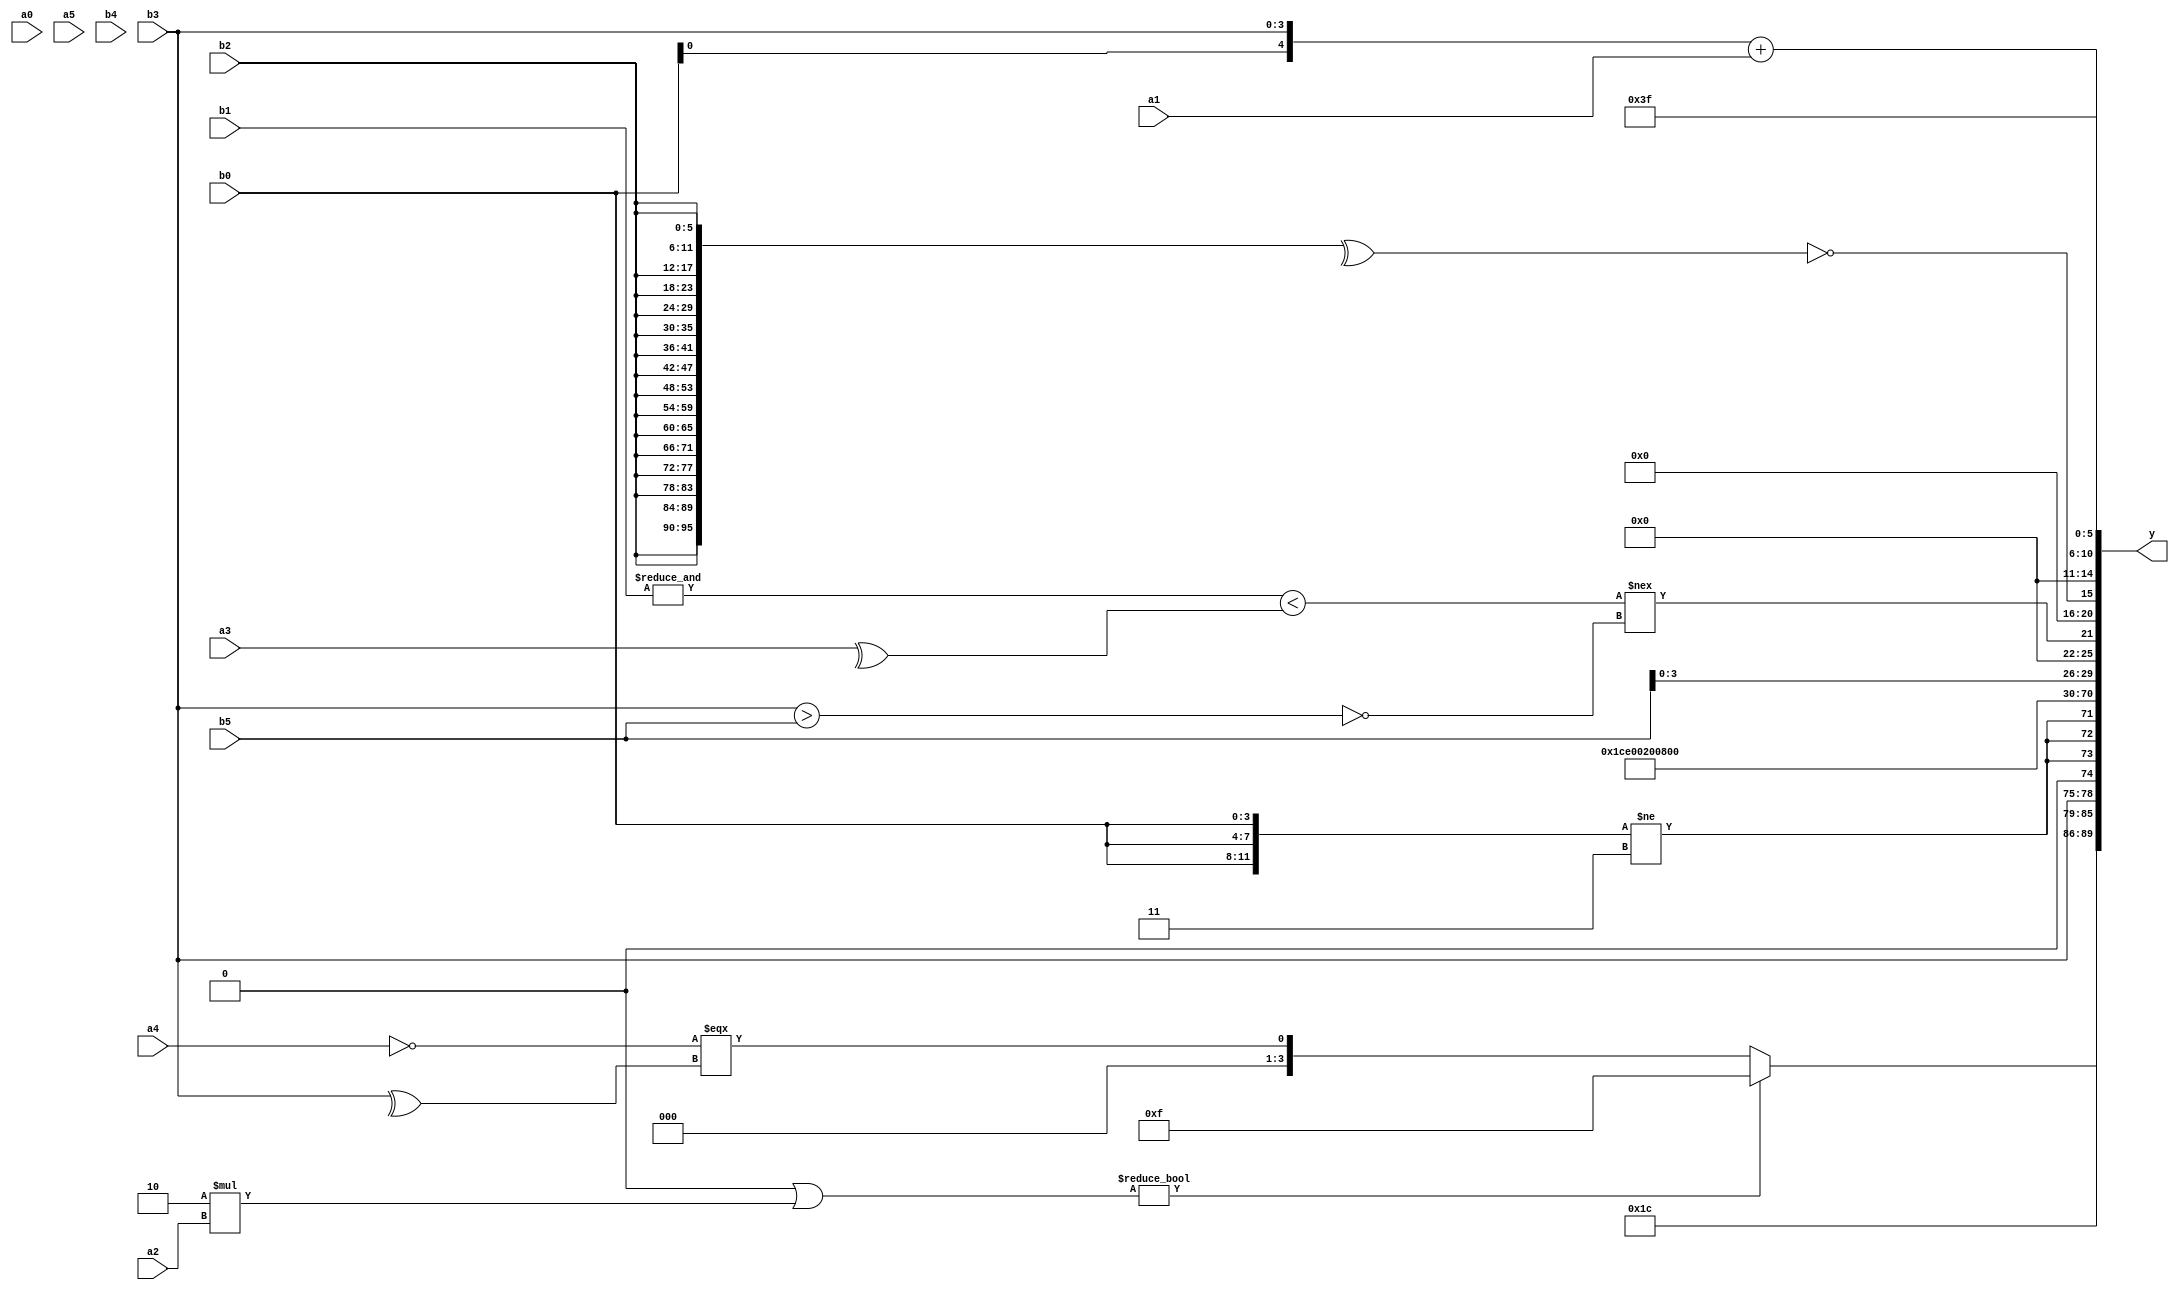
module expression_00286(a0, a1, a2, a3, a4, a5, b0, b1, b2, b3, b4, b5, y);
  input [3:0] a0;
  input [4:0] a1;
  input [5:0] a2;
  input signed [3:0] a3;
  input signed [4:0] a4;
  input signed [5:0] a5;

  input [3:0] b0;
  input [4:0] b1;
  input [5:0] b2;
  input signed [3:0] b3;
  input signed [4:0] b4;
  input signed [5:0] b5;

  wire [3:0] y0;
  wire [4:0] y1;
  wire [5:0] y2;
  wire signed [3:0] y3;
  wire signed [4:0] y4;
  wire signed [5:0] y5;
  wire [3:0] y6;
  wire [4:0] y7;
  wire [5:0] y8;
  wire signed [3:0] y9;
  wire signed [4:0] y10;
  wire signed [5:0] y11;
  wire [3:0] y12;
  wire [4:0] y13;
  wire [5:0] y14;
  wire signed [3:0] y15;
  wire signed [4:0] y16;
  wire signed [5:0] y17;

  output [89:0] y;
  assign y = {y0,y1,y2,y3,y4,y5,y6,y7,y8,y9,y10,y11,y12,y13,y14,y15,y16,y17};

  localparam [3:0] p0 = (~^((5'sd14)?(3'd2):(-4'sd0)));
  localparam [4:0] p1 = (~&((-3'sd1)>=(&(2'd2))));
  localparam [5:0] p2 = (4'd14);
  localparam signed [3:0] p3 = (~{2{{4{(5'd27)}}}});
  localparam signed [4:0] p4 = (~(5'd14));
  localparam signed [5:0] p5 = (~^(((4'sd4)>>>(-2'sd0))===((-4'sd7)!=(-5'sd0))));
  localparam [3:0] p6 = (-4'sd3);
  localparam [4:0] p7 = ((-(+(3'd2)))?((3'd3)?(5'sd2):(2'd2)):((-4'sd2)?(2'd3):(-5'sd13)));
  localparam [5:0] p8 = (^(5'd27));
  localparam signed [3:0] p9 = {1{(-2'sd1)}};
  localparam signed [4:0] p10 = ({1{(((-5'sd13)!==(3'sd2))^{3{(4'sd5)}})}}<<<{2{(~(-3'sd2))}});
  localparam signed [5:0] p11 = ((4'd10)>>{3{(2'd2)}});
  localparam [3:0] p12 = (({1{(~(3'd4))}}<<<(^{1{(5'sd10)}}))>>(((5'sd8)<=(2'd0))?((2'sd0)<=(2'd1)):((5'd16)&&(-2'sd1))));
  localparam [4:0] p13 = ((5'd0)?((4'sd4)&&(2'd0)):(-4'sd2));
  localparam [5:0] p14 = (~((((2'd0)<(5'd27))!==((4'sd4)?(4'd9):(-3'sd1)))&&{((-3'sd1)?(5'd18):(-5'sd0)),((5'sd5)?(-3'sd2):(3'sd1))}));
  localparam signed [3:0] p15 = ({3{((2'd3)?(2'd3):(5'sd3))}}>=((~(-3'sd0))|((5'd3)<<(4'sd0))));
  localparam signed [4:0] p16 = ((-5'sd2)^~(~|(5'sd4)));
  localparam signed [5:0] p17 = (((4'd15)^~(-4'sd7))>>>(2'sd1));

  assign y0 = (((p17?p15:p9)|(4'd2 * a2))?(~{2{(a3>>p6)}}):((!a4)===(^b3)));
  assign y1 = {4{(5'sd7)}};
  assign y2 = (p4?b3:a1);
  assign y3 = {3{({3{b0}}!=$unsigned(p9))}};
  assign y4 = $unsigned($unsigned({3{(5'd28)}}));
  assign y5 = $unsigned($signed((((p8-p17))<<<(~|(p6/p4)))));
  assign y6 = (5'd2 * $unsigned((4'd0)));
  assign y7 = {p0,p3,p12};
  assign y8 = ((p1&&p7)<<<(p17||p7));
  assign y9 = ((p7||p11)|(|p16));
  assign y10 = {2{(2'sd0)}};
  assign y11 = ((&(6'd2 * (~|{4{b1}})))?((p2?a2:a1)&&(b3^p16)):$unsigned((~&(~(-(a1>>p6))))));
  assign y12 = {4{{{3{b5}},{b5}}}};
  assign y13 = (((&b1)<(^a3))!==(~(b3>b5)));
  assign y14 = (&(!(^$unsigned({4{$signed({4{b2}})}}))));
  assign y15 = (~^(({3{$unsigned(p6)}}?((|(!p11))^~{2{p3}}):({3{a1}}?$signed(p4):(a1^~p1)))));
  assign y16 = ({a3,b0,b3}+{a1});
  assign y17 = (-2'sd1);
endmodule